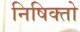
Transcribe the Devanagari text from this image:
निषिक्तो